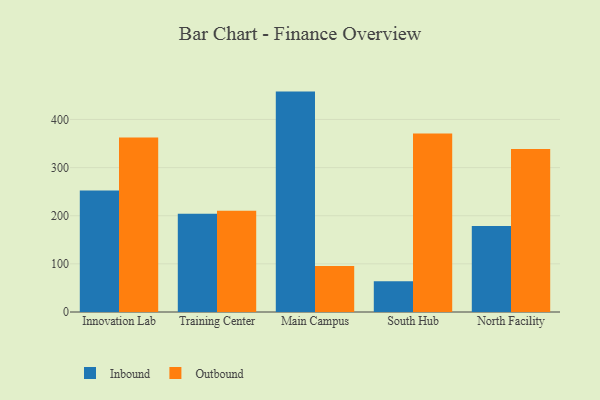
{"axis": {"x": "Campus", "y": "Active Users"}, "legend": ["Inbound", "Outbound"], "data": [{"x": "Innovation Lab", "y": 252.3, "type": "Inbound"}, {"x": "Innovation Lab", "y": 362.7, "type": "Outbound"}, {"x": "Training Center", "y": 203.9, "type": "Inbound"}, {"x": "Training Center", "y": 210.2, "type": "Outbound"}, {"x": "Main Campus", "y": 457.9, "type": "Inbound"}, {"x": "Main Campus", "y": 95.8, "type": "Outbound"}, {"x": "South Hub", "y": 63.7, "type": "Inbound"}, {"x": "South Hub", "y": 370.9, "type": "Outbound"}, {"x": "North Facility", "y": 178.9, "type": "Inbound"}, {"x": "North Facility", "y": 338.6, "type": "Outbound"}]}